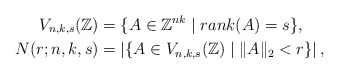
\begin{align*} V_{n, k, s}(\mathbb{Z}) &= \{ A \in \mathbb{Z}^{nk} \mid rank(A) =s \}, \\ N(r; n, k, s) &= \left| \{ A \in V_{n, k, s}(\mathbb{Z}) \mid \|A\|_2 < r \} \right|,\end{align*}